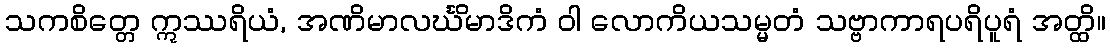
သကစိတ္တေ ဣဿရိယံ, အဏိမာလင်္ဃိမာဒိကံ ဝါ လောကိယသမ္မတံ သဗ္ဗာကာရပရိပူရံ အတ္ထိ။